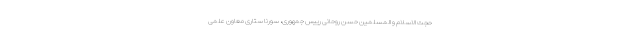
حجت الاسلام و المسلمین حسن روحانی رییس جمهوری، سورنا ستاری معاون علمی